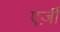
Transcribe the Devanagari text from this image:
एर्ज़ीं